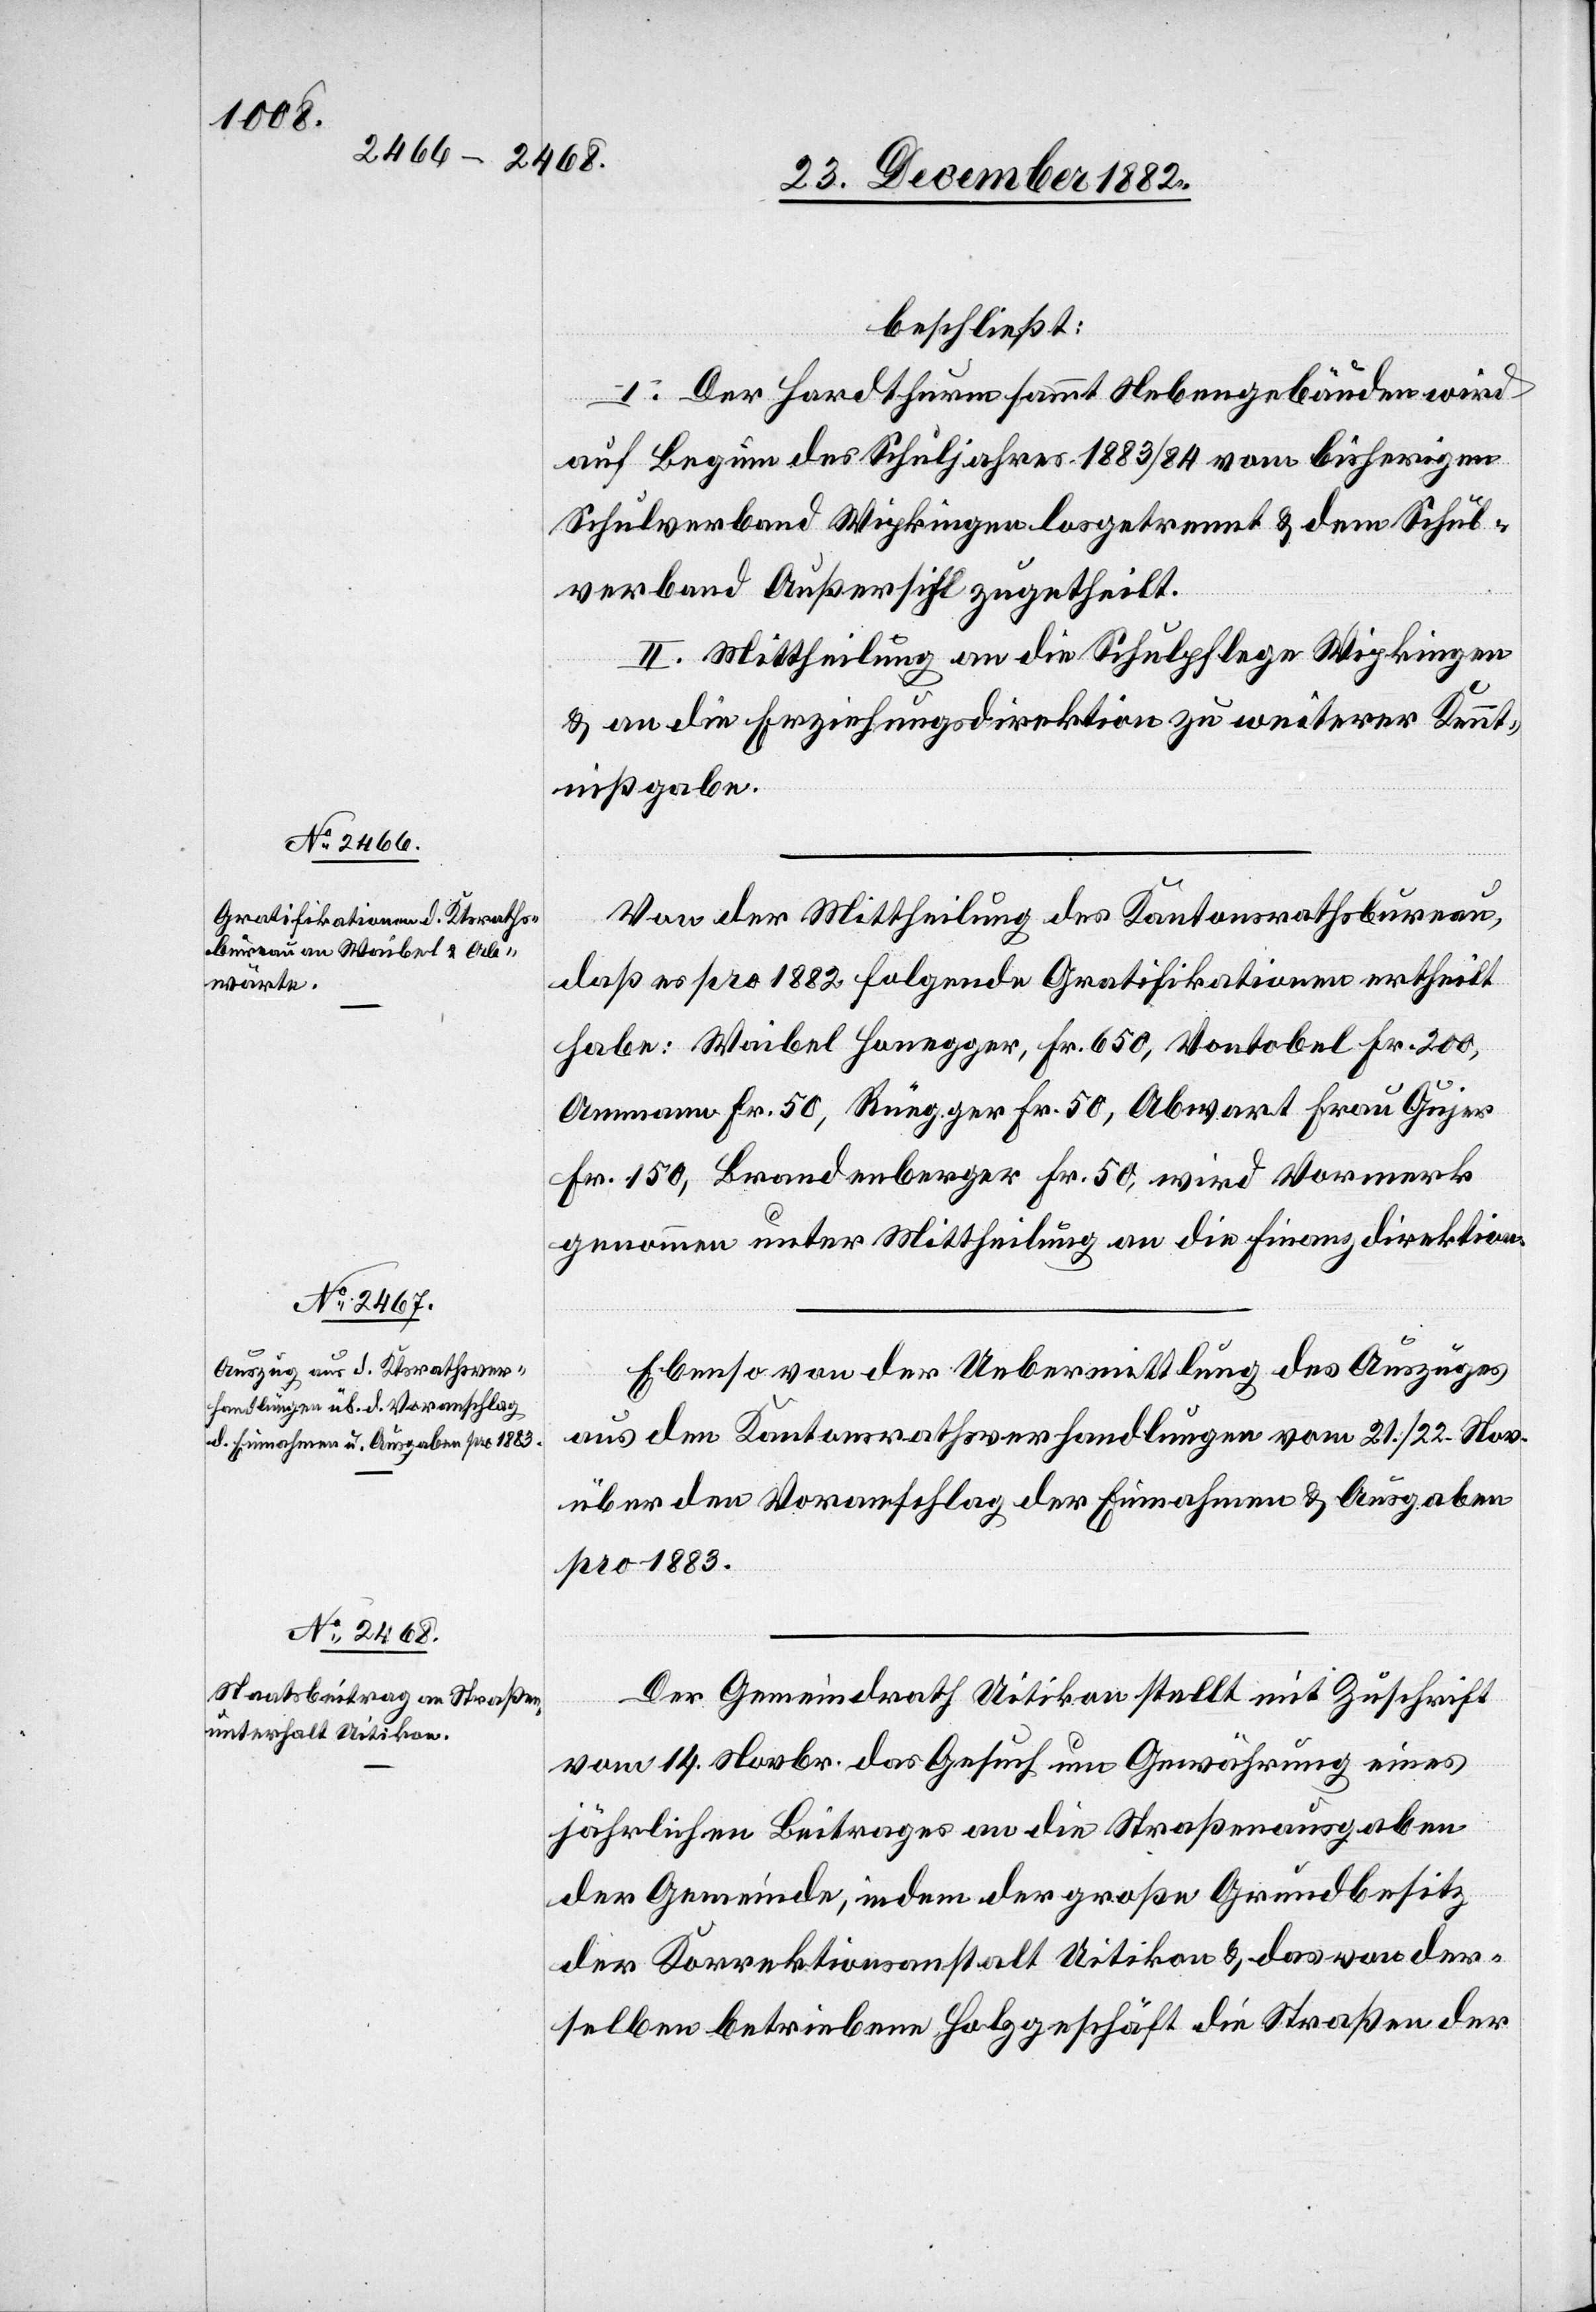
beschließt:
I. Der Hardthurm sammt Nebengebäuden wird
auf Beginn des Schuljahres 1883/84 vom bisherigen
Schulverband Wipkingen losgetrennt, & dem Schul¬
verband Außersihl zugetheilt.
II. Mittheilung an die Schulpflege Wipkingen
& an die Erziehungsdirektion zu weiterer Kennt¬
nißgabe.
Von der Mittheilung des Kantonsrathsbureau,
daß es pro 1882 folgende Gratifikationen ertheilt
habe: Waibel Honegger, Fr. 650, Vontobel Fr. 200,
Ammann Fr. 50, Rüegger Fr. 50, Abwart Frau Gujer
Fr. 150, Brandenberger Fr. 50, wird Vormerk
genommen unter Mittheilung an die Finanzdirektion.
Ebenso von der Uebermittlung des Auszuges
aus den Kantonsrathsverhandlungen vom 21./22. Nov.
über den Voranschlag der Einnahmen & Ausgaben
pro 1883.
Der Gemeindrath Uitikon stellt mit Zuschrift
vom 14. Novbr. das Gesuch um Gewährung eines
jährlichen Beitrages an die Straßenausgaben
der Gemeinde, indem der große Grundbesitz
der Korrektionsanstalt Uitikon & das von der¬
selben betriebene Holzgeschäft die Straßen der